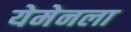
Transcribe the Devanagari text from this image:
येमेनला